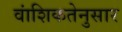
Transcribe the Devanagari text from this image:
वांशिकतेनुसार